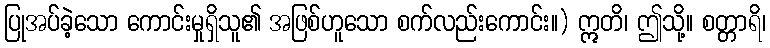
ပြုအပ်ခဲ့သော ကောင်းမှုရှိသူ၏ အဖြစ်ဟူသော စက်လည်းကောင်း။) ဣတိ၊ ဤသို့။ စတ္တာရိ၊